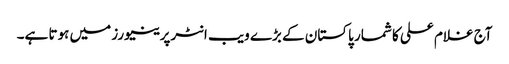
آج غلام علی کا شمار پاکستان کے بڑے ویب انٹرپرینیورز میں ہوتا ہے۔